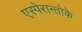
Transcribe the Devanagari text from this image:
एस्पेरान्तोके